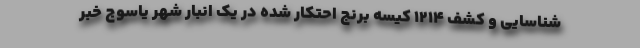
شناسایی و کشف ۱۲۱۴ کیسه برنج احتکار شده در یک انبار شهر یاسوج خبر